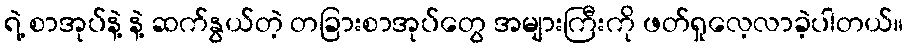
ရဲ့ စာအုပ်နဲ့ နဲ့ ဆက်နွယ်တဲ့ တခြားစာအုပ်တွေ အများကြီးကို ဖတ်ရှုလေ့လာခဲ့ပါတယ်။